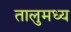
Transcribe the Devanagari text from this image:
तालुमध्य